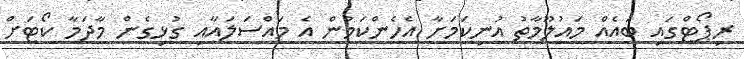
ރިޕޯޓްގައި ބައެއް މައުލޫމާތު އުނިކަމަށާ އެހެންކަމުން އެ މައްސަލައާއި ގުޅިގެން މާދަމާ ކޯޓަށް